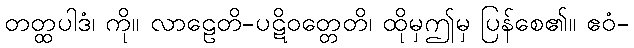
တတ္ထပါဒံ၊ ကို။ လာဠေတိ-ပဋိဝတ္တေတိ၊ ထိုမှဤမှ ပြန်စေ၏။ ဧဝံ-